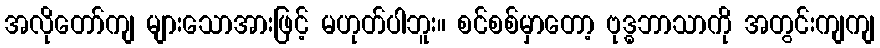
အလိုတော်ကျ များသောအားဖြင့် မဟုတ်ပါဘူး။ စင်စစ်မှာတော့ ဗုဒ္ဓဘာသာကို အတွင်းကျကျ